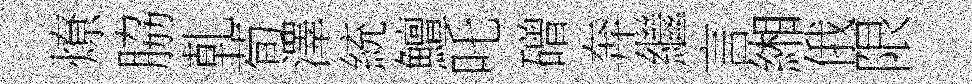
燎脇乹荀澤統鱣吒磳奔繼言緗俄限